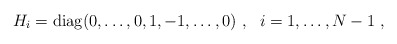
\begin{align*}H_i={\rm diag}(0,\ldots,0,1,-1,\ldots,0)~,~~i=1,\ldots,N-1~,\end{align*}